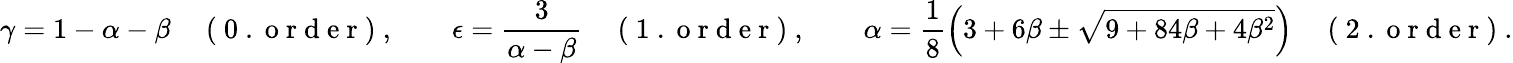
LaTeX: \gamma=1-\alpha-\beta\quad\mathrm{~(~0~.~o~r~d~e~r~)~},\qquad\epsilon=\frac{3}{\alpha-\beta}\quad\mathrm{~(~1~.~o~r~d~e~r~)~},\qquad\alpha=\frac{1}{8}\left(3+6\beta\pm\sqrt{9+84\beta+4\beta^{2}}\right)\quad\mathrm{~(~2~.~o~r~d~e~r~)~}.